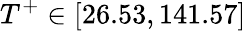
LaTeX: T^{+}\in[26.53,141.57]